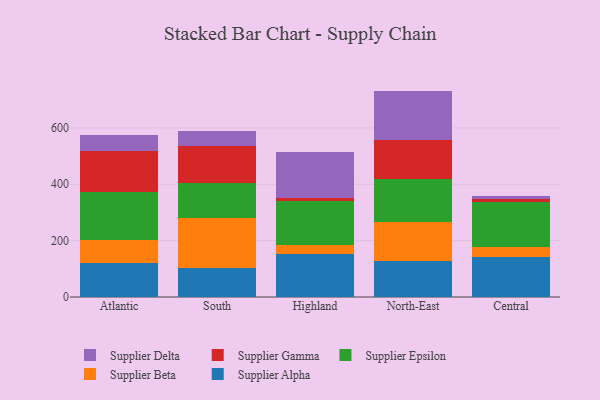
{"axis": {"x": "Region", "y": "Tickets Resolved"}, "legend": ["Supplier Alpha", "Supplier Beta", "Supplier Delta", "Supplier Epsilon", "Supplier Gamma"], "data": [{"x": "Atlantic", "y": 119.5, "type": "Supplier Alpha"}, {"x": "Atlantic", "y": 82.5, "type": "Supplier Beta"}, {"x": "Atlantic", "y": 169.1, "type": "Supplier Epsilon"}, {"x": "Atlantic", "y": 147.6, "type": "Supplier Gamma"}, {"x": "Atlantic", "y": 57.8, "type": "Supplier Delta"}, {"x": "South", "y": 103.6, "type": "Supplier Alpha"}, {"x": "South", "y": 178.2, "type": "Supplier Beta"}, {"x": "South", "y": 122.4, "type": "Supplier Epsilon"}, {"x": "South", "y": 131.5, "type": "Supplier Gamma"}, {"x": "South", "y": 52.7, "type": "Supplier Delta"}, {"x": "Highland", "y": 153.3, "type": "Supplier Alpha"}, {"x": "Highland", "y": 29.8, "type": "Supplier Beta"}, {"x": "Highland", "y": 155.9, "type": "Supplier Epsilon"}, {"x": "Highland", "y": 14.1, "type": "Supplier Gamma"}, {"x": "Highland", "y": 163.0, "type": "Supplier Delta"}, {"x": "North-East", "y": 126.5, "type": "Supplier Alpha"}, {"x": "North-East", "y": 140.6, "type": "Supplier Beta"}, {"x": "North-East", "y": 150.9, "type": "Supplier Epsilon"}, {"x": "North-East", "y": 139.5, "type": "Supplier Gamma"}, {"x": "North-East", "y": 174.1, "type": "Supplier Delta"}, {"x": "Central", "y": 142.1, "type": "Supplier Alpha"}, {"x": "Central", "y": 37.0, "type": "Supplier Beta"}, {"x": "Central", "y": 158.8, "type": "Supplier Epsilon"}, {"x": "Central", "y": 10.7, "type": "Supplier Gamma"}, {"x": "Central", "y": 10.5, "type": "Supplier Delta"}]}